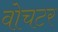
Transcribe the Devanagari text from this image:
वोचटर